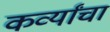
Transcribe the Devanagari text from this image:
कर्व्यांचा